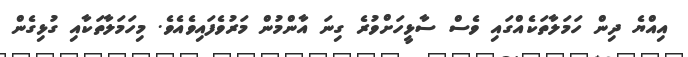
އިއްޔެ ދިން ހަމަލާތަކެއްގައި ވެސް ސާޅީހަށްވުރެ ގިނަ އާންމުން މަރުވެފައިވެއެވެ. މިހަމަލާތަކާއި ގުޅިގެން